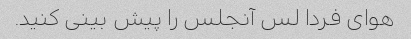
هوای فردا لس آنجلس را پیش بینی کنید.